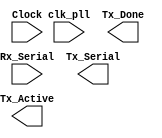

// Efinity Top-level template
// Version: 2023.2.307

// Copyright (C) 2013 - 2023 Efinix Inc. All rights reserved.

// This file may be used as a starting point for Efinity synthesis top-level target.
// The port list here matches what is expected by Efinity constraint files generated
// by the Efinity Interface Designer.

// To use this:
//     #1)  Save this file with a different name to a different directory, where source files are kept.
//              Example: you may wish to save as C:\Users\kaush\Desktop\Vicharak\Onboarding\UART\UART.v
//     #2)  Add the newly saved file into Efinity project as design file
//     #3)  Edit the top level entity in Efinity project to:  UART
//     #4)  Insert design content.


module UART
(
  input Rx_Serial,
  input clk_pll,
  input Clock,
  output Tx_Serial,
  output Tx_Active,
  output Tx_Done
);


endmodule